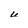
Character: U